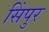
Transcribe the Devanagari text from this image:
सिंपुर